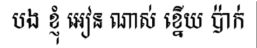
បង ខ្ញុំ អៀន ណាស់ ខ្នើយ ប៉ាក់